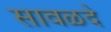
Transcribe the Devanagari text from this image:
सावळदे